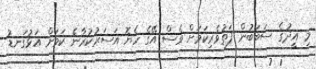
މި އީދުގެ ސަބަބުން ފަތުވެރިކަމަށް ވެސް އޭގެ ހެޔޮ އަސަރުކުރާނެ ކަމަށް އަޅުގަނޑު